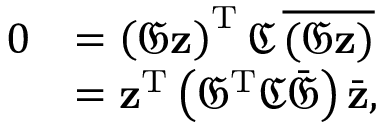
{ \begin{array} { r l } { 0 } & { = \left( { \mathfrak { G } } \mathbf { z } \right) ^ { \mathrm { T } } { \mathfrak { C } } \, { \overline { { ( { \mathfrak { G } } \mathbf { z } ) } } } } \\ & { = \mathbf { z } ^ { \mathrm { T } } \left( { \mathfrak { G } } ^ { \mathrm { T } } { \mathfrak { C } } { \bar { \mathfrak { G } } } \right) { \bar { \mathbf { z } } } , } \end{array} }